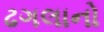
ઢગલાનો